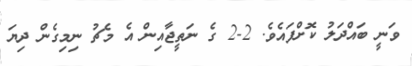
ވަނީ ބައްދަލު ކޮށްފައެވެ. 2-2 ގެ ނަތީޖާއިން އެ މެޗު ނިމިގެން ދިޔަ